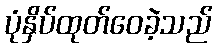
ပုံနှိပ်ထုတ်ဝေခဲ့သည်